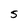
Character: 5